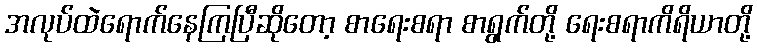
အလုပ်ထဲရောက်နေကြပြီဆိုတော့ စာရေးစရာ စာရွက်တို့ ရေးစရာကိရိယာတို့